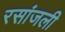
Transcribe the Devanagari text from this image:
रसांजली